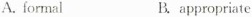
A.formal B.appropriate